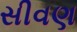
સીવણ